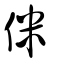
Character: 侎